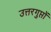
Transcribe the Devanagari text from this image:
उत्तरगुप्तों